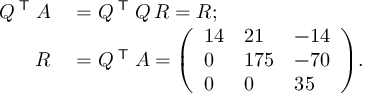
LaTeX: \begin{array} { r l } { Q ^ { \textsf { T } } A } & { { } = Q ^ { \textsf { T } } Q \, R = R ; } \\ { R } & { { } = Q ^ { \textsf { T } } A = { \left( \begin{array} { l l l } { 1 4 } & { 2 1 } & { - 1 4 } \\ { 0 } & { 1 7 5 } & { - 7 0 } \\ { 0 } & { 0 } & { 3 5 } \end{array} \right) } . } \end{array}